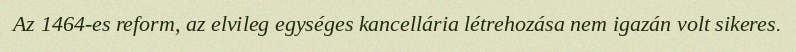
Az 1464-es reform, az elvileg egységes kancellária létrehozása nem igazán volt sikeres.